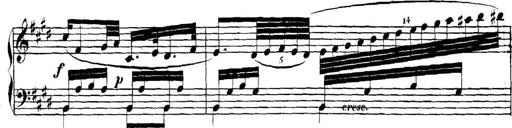
Title: Collected Piano Sonatas
Composer: Muzio Clementi